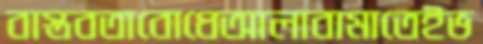
বাস্তবতাবোধেআলাবামাতেইভ